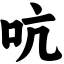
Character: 吭